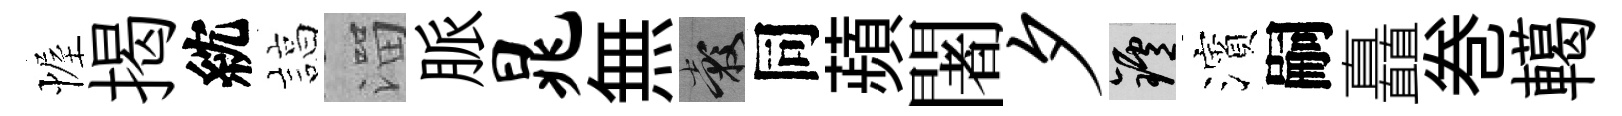
幄揭紞諄溜脈晁無穀同蘋闍夕爐濱嗣矗巻轕